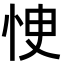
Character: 㤤